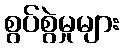
စွပ်စွဲမှုများ